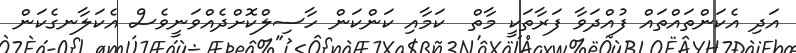
އަދި އެކަަންތައްތައް ފުއްދަވާ ފަރާތަކީ މާތް  ކަމާއި ކަންކަން ހާސިލްކޮށްދެއްވަނީވެސް އެކަލާނގެކަން